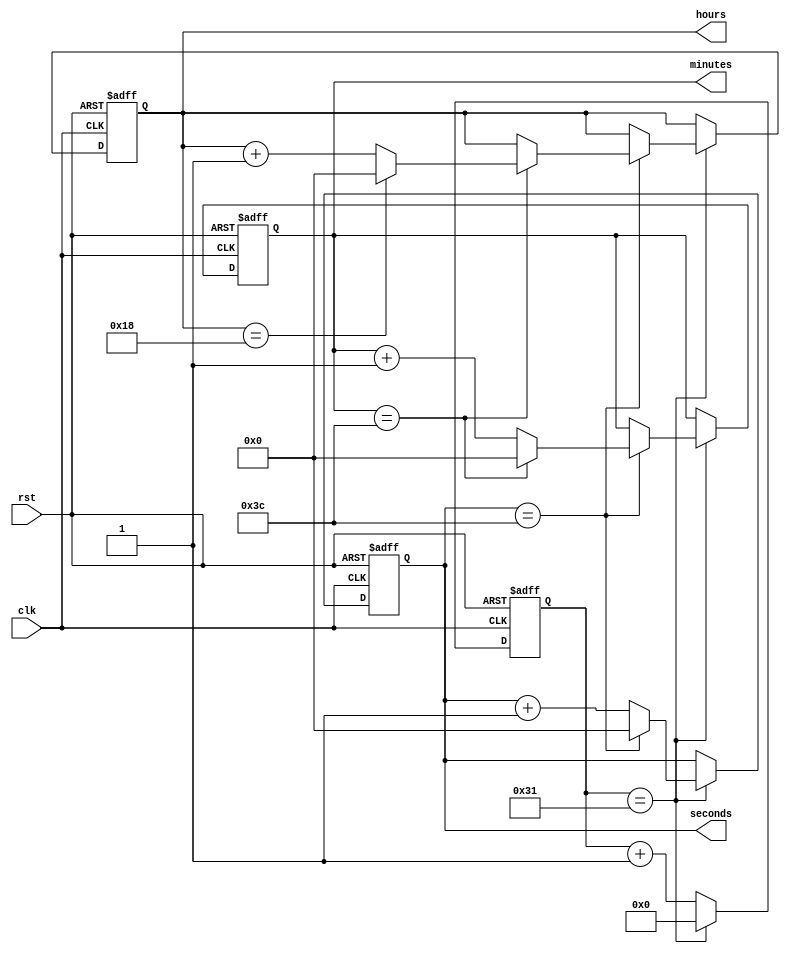
module clock(
  input wire clk,
  input wire rst,
  output reg [5:0] hours,
  output reg [5:0] minutes,
  output reg [5:0] seconds
);

  reg [31:0] timer;

  // Clock frequency setting (1 MHz as an example)
  parameter CLK_FREQUENCY = 50; // 1 MHz

  always @(posedge clk or negedge rst) begin
    if (!rst) begin
      timer <= 0;
      hours <= 6'b0;
      minutes <= 6'b0;
      seconds <= 6'b0;
    end else begin
      // 1   
      if (timer == CLK_FREQUENCY - 1) begin
        timer <= 0;
        // , ,  
        seconds <= seconds + 1;
        if (seconds == 60) begin
          seconds <= 0;
          minutes <= minutes + 1;
          if (minutes == 60) begin
            minutes <= 0;
            hours <= hours + 1;
            if (hours == 24) begin
              hours <= 0;
            end
          end
        end
      end else begin
        timer <= timer + 1;
      end
    end
  end

endmodule